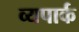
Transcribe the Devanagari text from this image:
व्यपार्क